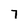
Character: 7